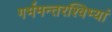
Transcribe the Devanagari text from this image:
गर्भमन्तरश्विभ्यां